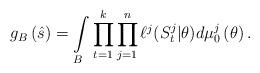
LaTeX: \begin{align*}g_B\left(\hat{s}\right) & = \int\limits_{B} \prod\limits_{t=1}^{k} \prod\limits_{j=1}^{n} \ell^j(S_{t}^j|\theta)d\mu_0^j\left(\theta\right).\end{align*}